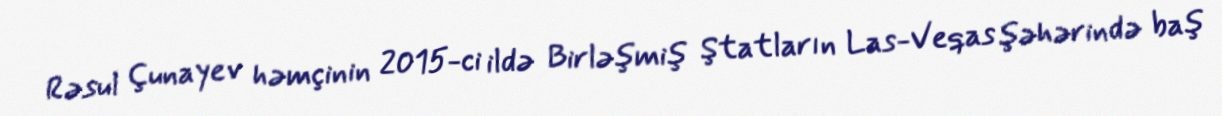
Rəsul Çunayev həmçinin 2015-ci ildə Birləşmiş Ştatların Las-Veqas şəhərində baş